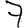
Digit: 7